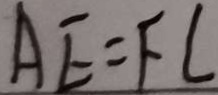
A E = F C